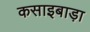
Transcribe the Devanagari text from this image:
कसाइबाड़ा